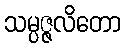
သမ္ပဇ္ဇလိတော